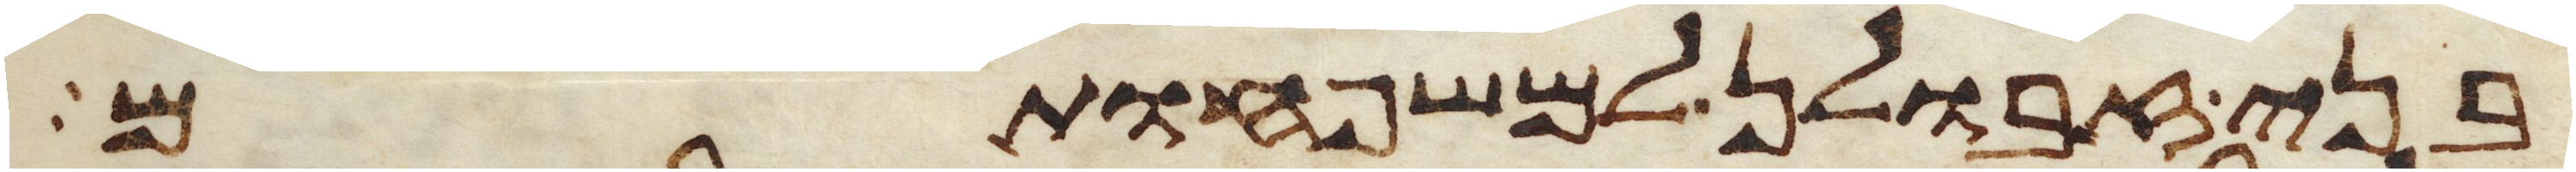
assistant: בני זבולן למשפחותם